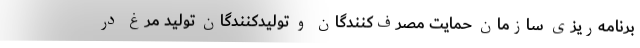
برنامه‌ریزی سازمان حمایت مصرف‌کنندگان و تولیدکنندگان تولید مرغ در